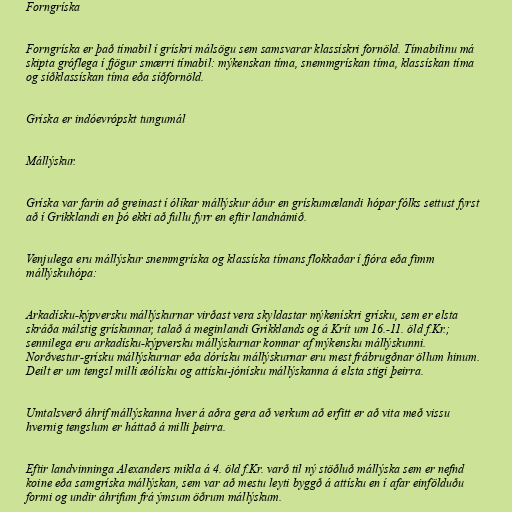
Forngríska

Forngríska er það tímabil í grískri málsögu sem samsvarar klassískri fornöld. Tímabilinu má
skipta gróflega í fjögur smærri tímabil: mýkenskan tíma, snemmgrískan tíma, klassískan tíma
og síðklassískan tíma eða síðfornöld.

Gríska er indóevrópskt tungumál

Mállýskur.

Gríska var farin að greinast í ólíkar mállýskur áður en grískumælandi hópar fólks settust fyrst
að í Grikklandi en þó ekki að fullu fyrr en eftir landnámið.

Venjulega eru mállýskur snemmgríska og klassíska tímans flokkaðar í fjóra eða fimm
mállýskuhópa:

Arkadísku-kýpversku mállýskurnar virðast vera skyldastar mýkenískri grísku, sem er elsta
skráða málstig grískunnar, talað á meginlandi Grikklands og á Krít um 16.-11. öld f.Kr.;
sennilega eru arkadísku-kýpversku mállýskurnar komnar af mýkensku mállýskunni.
Norðvestur-grísku mállýskurnar eða dórísku mállýskurnar eru mest frábrugðnar öllum hinum.
Deilt er um tengsl milli æólísku og attísku-jónísku mállýskanna á elsta stigi þeirra.

Umtalsverð áhrif mállýskanna hver á aðra gera að verkum að erfitt er að vita með vissu
hvernig tengslum er háttað á milli þeirra.

Eftir landvinninga Alexanders mikla á 4. öld f.Kr. varð til ný stöðluð mállýska sem er nefnd
koine eða samgríska mállýskan, sem var að mestu leyti byggð á attísku en í afar einfölduðu
formi og undir áhrifum frá ýmsum öðrum mállýskum.